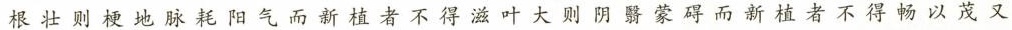
根壮则梗地脉耗阳气而新植者不得滋叶大则阴翳蒙碍而新植者不得畅以茂